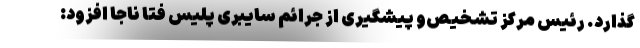
گذارد. رئیس مرکز تشخیص‌و پیشگیری از جرائم سایبری پلیس فتا ناجا افزود: